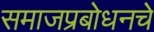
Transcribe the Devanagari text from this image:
समाजप्रबोधनचे